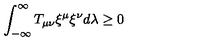
\int _ { - \infty } ^ { \infty } T _ { \mu \nu } { \xi } ^ { \mu } { \xi } ^ { \nu } d \lambda \ge 0